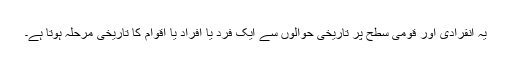
یہ انفرادی اور قومی سطح پر تاریخی حوالوں سے ایک فرد یا افراد یا اقوام کا تاریخی مرحلہ ہوتا ہے۔